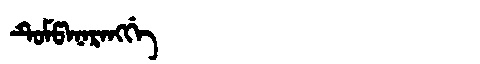
Manchu: ᡨᡠᠮᡦᠠᠨᠠᡵᠠᠩᡤᡝ
Romanization: TUMPANARANGGE